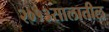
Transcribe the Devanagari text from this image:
२०१३सालातील